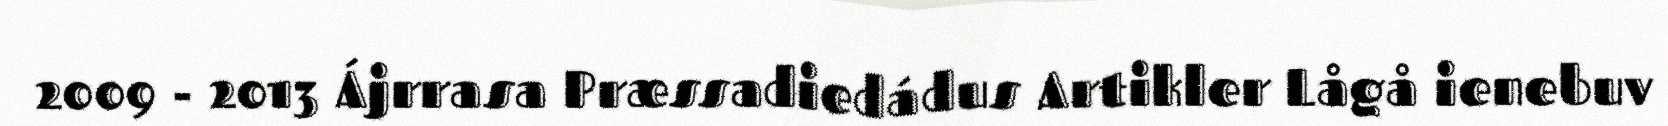
2009 - 2013 Ájrrasa Præssadiedádus Artikler Lågå ienebuv